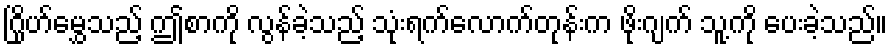
ဂြိုဟ်မွှေသည့် ဤစာကို လွန်ခဲ့သည့် သုံးရက်လောက်တုန်းက ဖိုးဂျက် သူ့ကို ပေးခဲ့သည်။